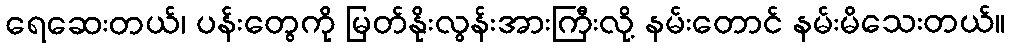
ရေဆေးတယ်၊ ပန်းတွေကို မြတ်နိုးလွန်းအားကြီးလို့ နမ်းတောင် နမ်းမိသေးတယ်။